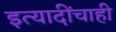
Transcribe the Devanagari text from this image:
इत्यादींचाही